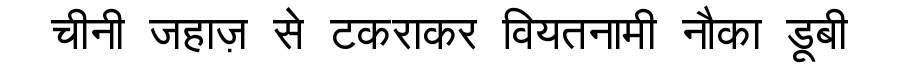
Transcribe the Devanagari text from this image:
चीनी जहाज़ से टकराकर वियतनामी नौका डूबी